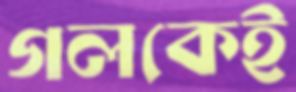
গলকেই